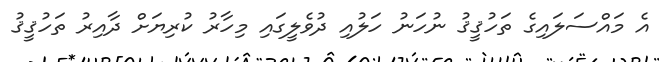
އެ މައްސަލައިގެ ތަހުޤީޤު ނުހަނު ހަލުއި ދުވެލީގައި މިހާރު ކުރިޔަށް ދާއިރު ތަހުޤީޤު